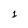
Character: 1